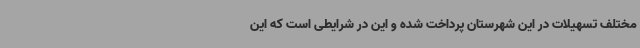
مختلف تسهیلات در این شهرستان پرداخت شده و این در شرایطی است که این